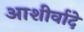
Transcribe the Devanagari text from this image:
आशीर्वादे